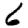
Digit: 6